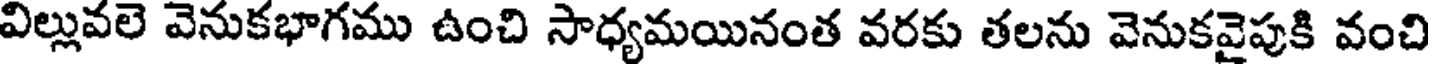
విల్లువలె వెనుకభాగము ఉంచి సాధ్యమయినంత వరకు తలను వెనుకవైపుకి వంచి